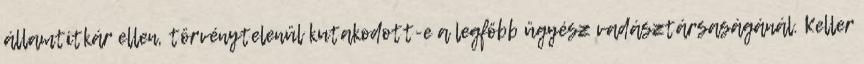
államtitkár ellen, törvénytelenül kutakodott-e a legfőbb ügyész vadásztársaságánál. Keller